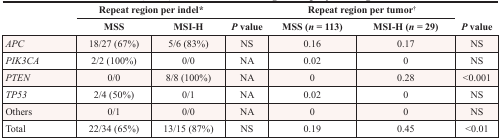
|  | <COLSPAN=2> Repeat region per indel* |  | <COLSPAN=2> Repeat region per tumor† |  |
 |  | MSS | MSI-H | P value | MSS (n = 113) | MSI-H (n = 29) | P value |
 | --- | --- | --- | --- | --- | --- | --- |
 | APC | 18/27 (67%) | 5/6 (83%) | NS | 0.16 | 0.17 | NS |
 | PIK3CA | 2/2 (100%) | 0/0 | NA | 0.02 | 0 | NS |
 | PTEN | 0/0 | 8/8 (100%) | NA | 0 | 0.28 | <0.001 |
 | TP53 | 2/4 (50%) | 0/1 | NA | 0.02 | 0 | NS |
 | Others | 0/1 | 0/0 | NA | 0 | 0 | NS |
 | Total | 22/34 (65%) | 13/15 (87%) | NS | 0.19 | 0.45 | <0.01 |